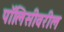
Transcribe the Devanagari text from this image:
पॉलिसीवरील